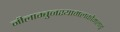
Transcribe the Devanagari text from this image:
नीलाम्बुजश्यामलकोमलाङ्गं